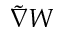
\widetilde { \nabla } W